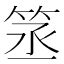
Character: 䇰